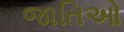
જાતિઓ